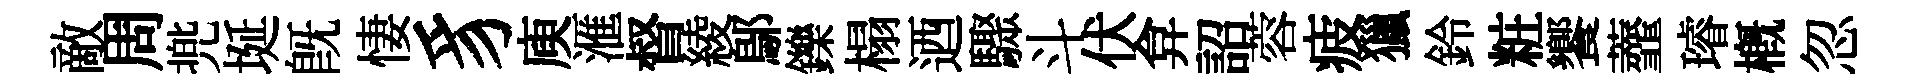
敵周兠埏旣悽豸庾滙督綾鄔鑠榻迺驟斗伏弇詔蓉疲獵鈴粧饗虀璿概忽